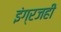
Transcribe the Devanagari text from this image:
इंग्रजही